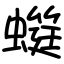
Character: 䗴